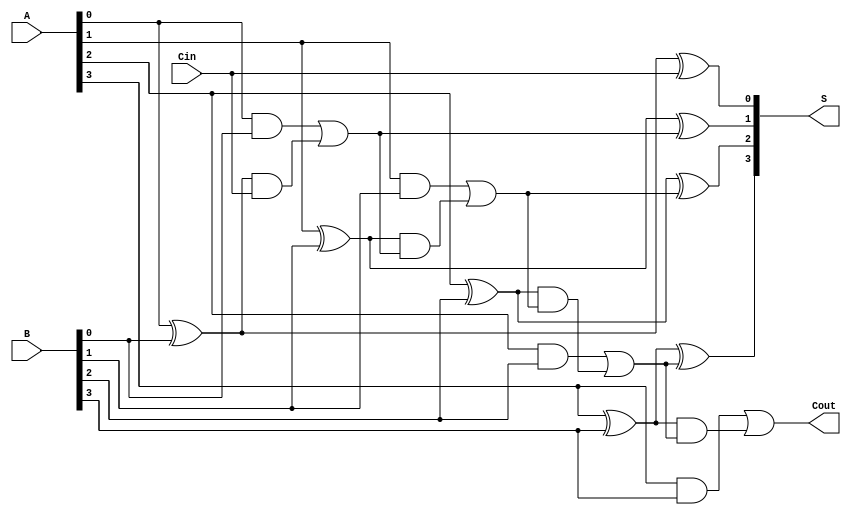
module HanCarlsonAdder #(parameter N = 4) (
    input  wire [N-1:0] A,      // First operand
    input  wire [N-1:0] B,      // Second operand
    input  wire Cin,             // Carry-in
    output wire [N-1:0] S,       // Sum output
    output wire Cout             // Carry-out
);

    wire [N-1:0] G; // Generate signals
    wire [N-1:0] P; // Propagate signals
    wire [N:0] C;   // Carry signals (C[0] = Cin)

    // Generate and Propagate calculations
    genvar i;
    generate
        for (i = 0; i < N; i = i + 1) begin : genprop
            assign G[i] = A[i] & B[i];       // Generate
            assign P[i] = A[i] ^ B[i];       // Propagate
        end
    endgenerate

    // Carry calculations
    assign C[0] = Cin; // Initial carry-in
    generate
        for (i = 0; i < N; i = i + 1) begin : carry_calc
            assign C[i+1] = G[i] | (P[i] & C[i]); // Carry-out
        end
    endgenerate

    // Sum calculations
    generate
        for (i = 0; i < N; i = i + 1) begin : sum_calc
            assign S[i] = P[i] ^ C[i]; // Sum
        end
    endgenerate

    // Final carry-out
    assign Cout = C[N]; // Carry-out from the most significant bit

endmodule